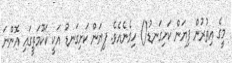
މީގެ އިތުރުން ފިޔަން ކަށިގަނޑު() ހިމެނެއެވެ. ފިޔަން ކަށިގަނޑު އަކީ ކަކޫމަތީގައި އޮންނަ